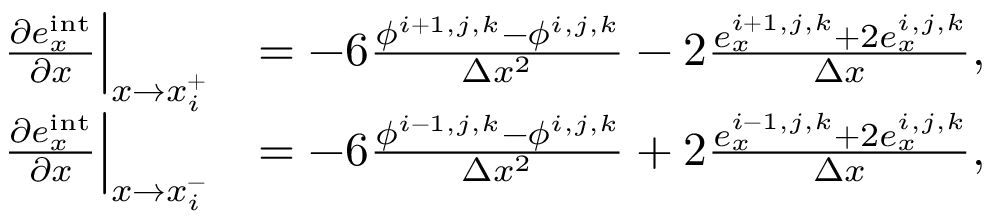
\begin{array} { r l } { \left. \frac { \partial e _ { x } ^ { \mathrm { i n t } } } { \partial x } \right| _ { x \to x _ { i } ^ { + } } } & { = - 6 \frac { \phi ^ { i + 1 , j , k } - \phi ^ { i , j , k } } { \Delta x ^ { 2 } } - 2 \frac { e _ { x } ^ { i + 1 , j , k } + 2 e _ { x } ^ { i , j , k } } { \Delta x } , } \\ { \left. \frac { \partial e _ { x } ^ { \mathrm { i n t } } } { \partial x } \right| _ { x \to x _ { i } ^ { - } } } & { = - 6 \frac { \phi ^ { i - 1 , j , k } - \phi ^ { i , j , k } } { \Delta x ^ { 2 } } + 2 \frac { e _ { x } ^ { i - 1 , j , k } + 2 e _ { x } ^ { i , j , k } } { \Delta x } , } \end{array}